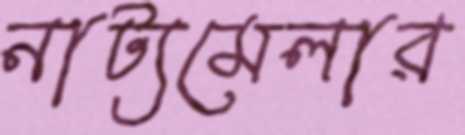
নাট্যমেলার